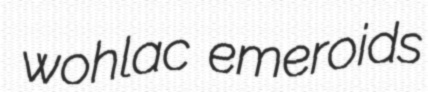
wohlac emeroids